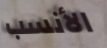
الأنسب